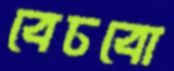
বেচবো